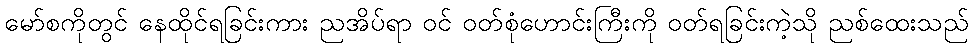
မော်စကိုတွင် နေထိုင်ရခြင်းကား ညအိပ်ရာ ဝင် ဝတ်စုံဟောင်းကြီးကို ဝတ်ရခြင်းကဲ့သို ညစ်ထေးသည်